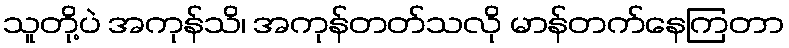
သူတို့ပဲ အကုန်သိ၊ အကုန်တတ်သလို မာန်တက်နေကြတာ